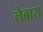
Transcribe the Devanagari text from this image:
लेबारा